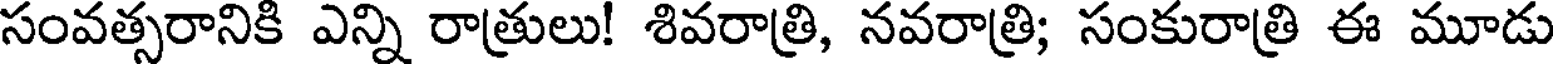
సంవత్సరానికి ఎన్ని రాత్రులు! శివరాత్రి, నవరాత్రి; సంకురాత్రి ఈ మూడు